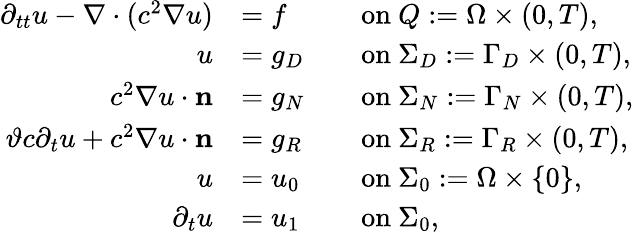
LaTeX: \begin{array}{rlrl}{\partial_{tt}u-\nabla\cdot(c^{2}\nabla u)}&{=f}&&{\mathrm{on~}Q:=\Omega\times(0,T),}\\ {u}&{=g_{D}}&&{\mathrm{on~}\Sigma_{D}:=\Gamma_{D}\times(0,T),}\\ {c^{2}\nabla u\cdot\mathbf{n}}&{=g_{N}}&&{\mathrm{on~}\Sigma_{N}:=\Gamma_{N}\times(0,T),}\\ {{\vartheta c\partial_{t}u+c^{2}\nabla u\cdot\mathbf{n}}}&{=g_{R}}&&{\mathrm{on~}\Sigma_{R}:=\Gamma_{R}\times(0,T),}\\ {u}&{=u_{0}}&&{\mathrm{on~}\Sigma_{0}:=\Omega\times\{ 0\} ,}\\ {\partial_{t}u}&{=u_{1}}&&{\mathrm{on~}\Sigma_{0},}\end{array}